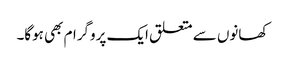
کھانوں سے متعلق ایک پروگرام بھی ہوگا۔